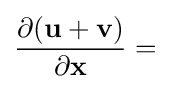
{\frac {\partial (\mathbf {u} +\mathbf {v} )}{\partial \mathbf {x} }}=